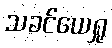
သခင်ယေရှု